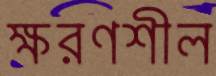
ক্ষরণশীল